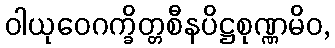
ဝါယုဝေဂက္ခိတ္တစီနပိဋ္ဌစုဏ္ဏမိဝ,